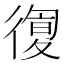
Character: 𢕛